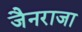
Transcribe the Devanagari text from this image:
जैनराजा